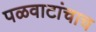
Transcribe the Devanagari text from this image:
पळवाटांचाच